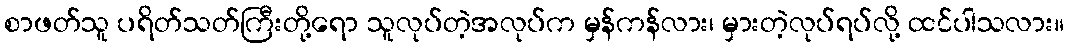
စာဖတ်သူ ပရိတ်သတ်ကြီးတို့ရော သူလုပ်တဲ့အလုပ်က မှန်ကန်လား၊ မှားတဲ့လုပ်ရပ်လို့ ထင်ပါသလား။